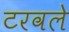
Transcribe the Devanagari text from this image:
टरवले